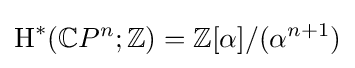
\operatorname {H} ^{*}(\mathbb {C} P^{n};\mathbb {Z} )=\mathbb {Z} [\alpha ]/(\alpha ^{n+1})